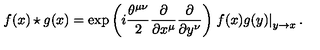
f ( x ) \star g ( x ) = \exp \left( i \frac { \theta ^ { \mu \nu } } { 2 } \frac { \partial } { \partial x ^ { \mu } } \frac { \partial } { \partial y ^ { \nu } } \right) \left. f ( x ) g ( y ) \right| _ { y \to x } .